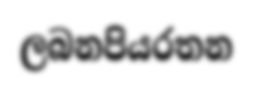
ලබනපියරතන